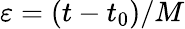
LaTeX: \varepsilon=(t-t_{0})/M